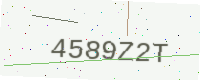
Text: 4589Z2T